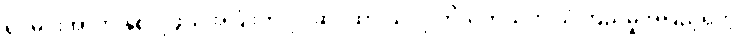
ရှင်မင်းအာက နှစ်လိုဖွယ်အပြုံးကို ပိုင်ဆိုင်ထားသလို ကိုယ့်ကိုယ်ကို ယုံကြည်မှုအပြည့်ရှိတဲ့